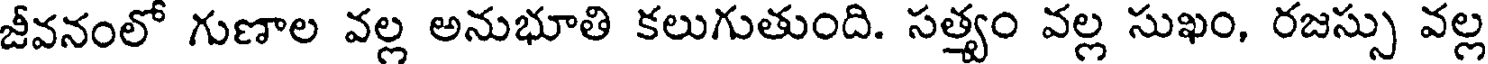
జీవనంలో గుణాల వల్ల అనుభూతి కలుగుతుంది. సత్యం వల్ల సుఖం, రజస్సు వల్ల